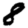
Digit: 8